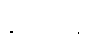
လေးဖြူ